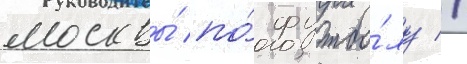
москвы́ по́ футбо́лу //